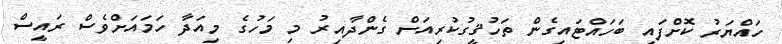
ހައްޔަރު ކޮށްފައި ބަހައްޓައިގެން ތަހުޤީގުކުރިއަށް ގެންދާއިރު މި މަހުގެ މިއަދާ ހަމައަށްވެސް ރައީސް